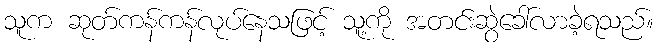
သူက ဆုတ်ကန်ကန်လုပ်နေသဖြင့် သူ့ကို အတင်းဆွဲခေါ်လာခဲ့ရသည်။